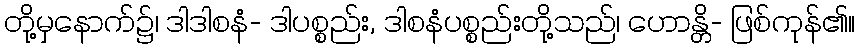
တို့မှနောက်၌၊ ဒါဒါစနံ- ဒါပစ္စည်း, ဒါစနံပစ္စည်းတို့သည်၊ ဟောန္တိ- ဖြစ်ကုန်၏။